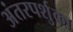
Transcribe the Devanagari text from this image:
अंतरपर्शुका